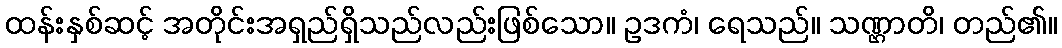
ထန်းနှစ်ဆင့် အတိုင်းအရှည်ရှိသည်လည်းဖြစ်သော။ ဥဒကံ၊ ရေသည်။ သဏ္ဌာတိ၊ တည်၏။